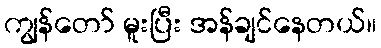
ကျွန်တော် မူးပြီး အန်ချင်နေတယ်။